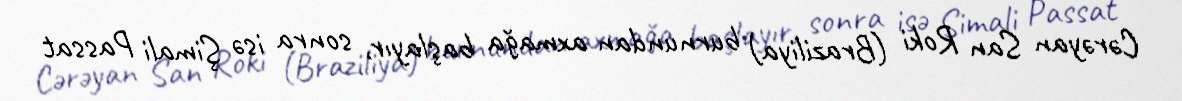
Cərəyan San Roki (Braziliya) burnundan axmağa başlayır, sonra isə Şimali Passat